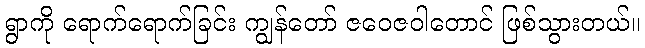
ရွာကို ရောက်ရောက်ခြင်း ကျွန်တော် ဇဝေဇဝါတောင် ဖြစ်သွားတယ်။